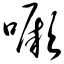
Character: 噘